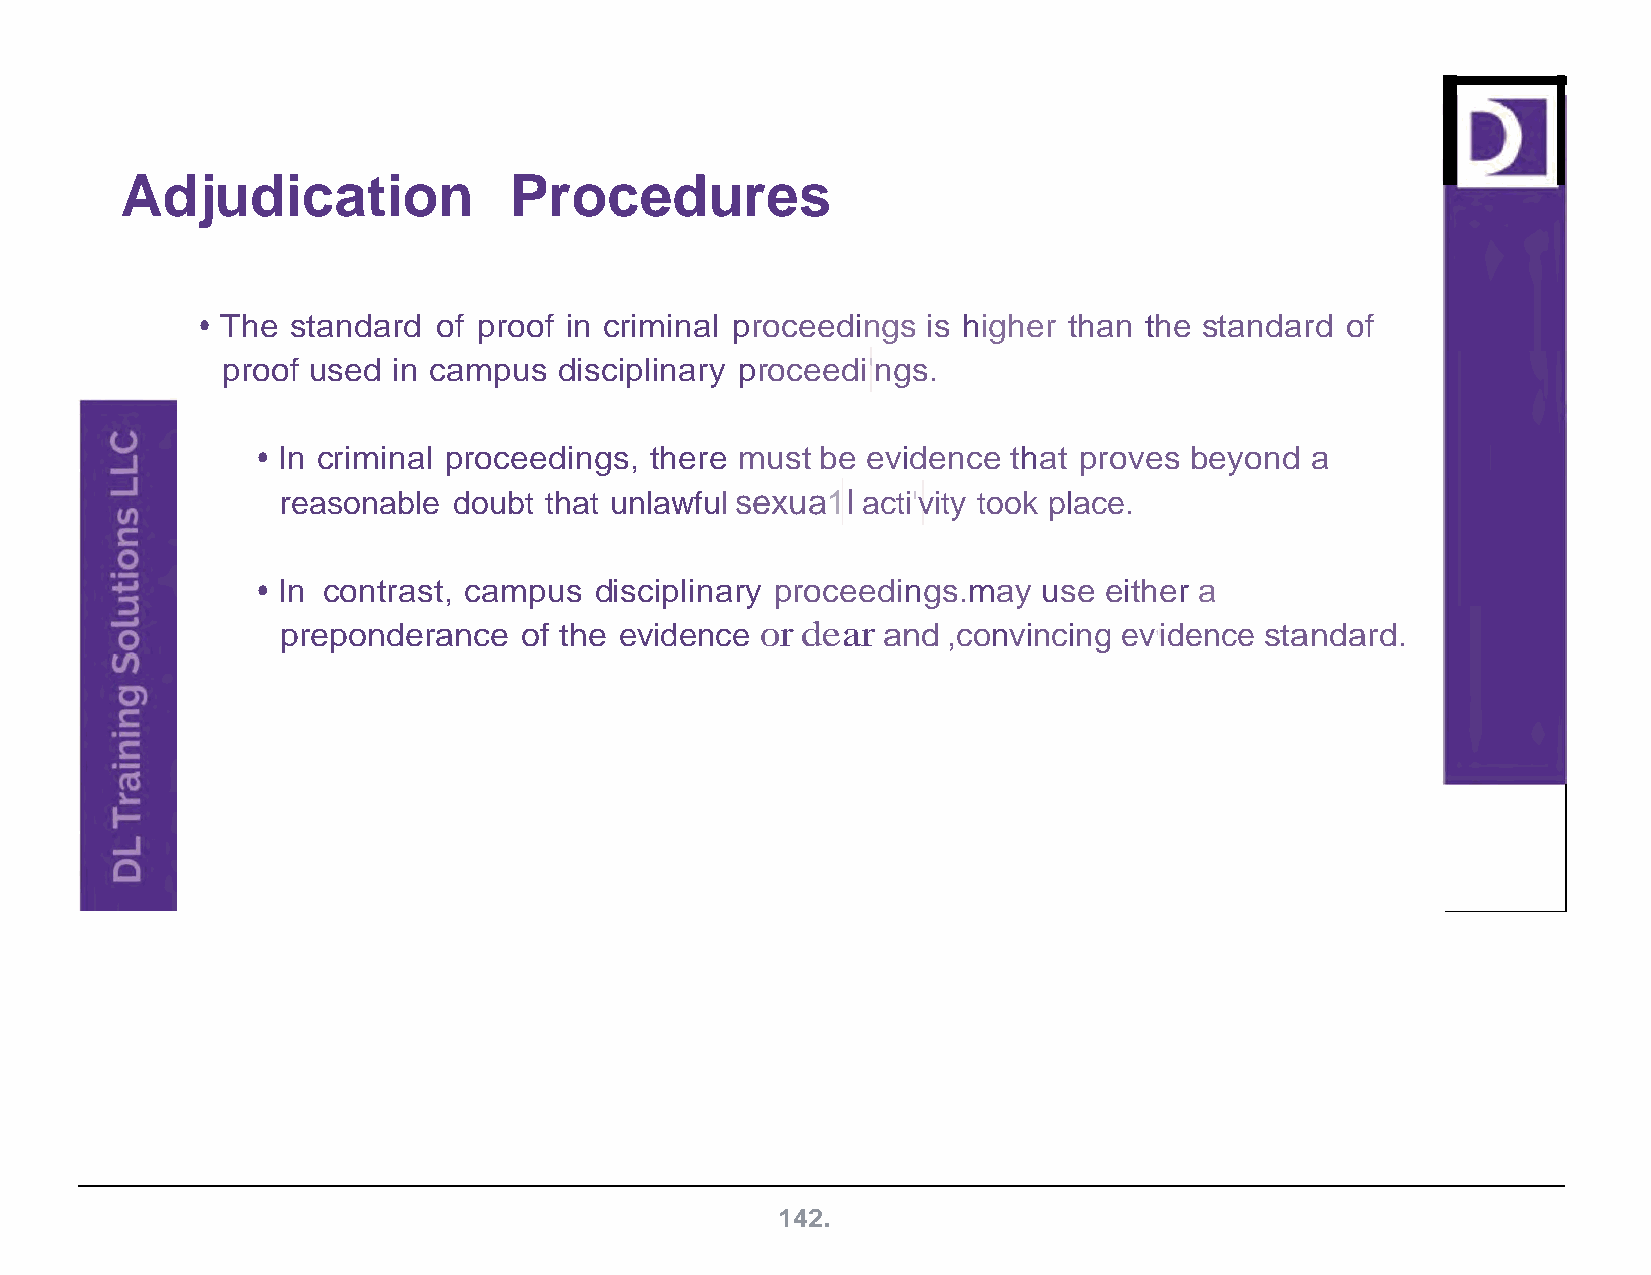
Adjudication              Procedures
 • The standard  of proof in criminal proceedings is higher than the standard of
 proof used in campus  disciplinary proceedi'ngs.
 • In criminal proceedings, there must be evidence that proves beyond  a
 reasonable doubt that unlawful sexua1I acti'vity took place.
 • In contrast, campus disciplinary proceedings.may  use either a
 preponderance  of the evidence or dear and  ,convincing evidence standard.
 1
 142.